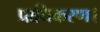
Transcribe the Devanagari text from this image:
प्राधिकरण।